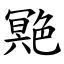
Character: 䒌